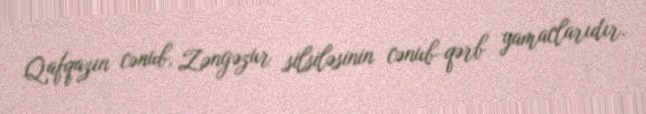
Qafqazın cənub, Zəngəzur silsiləsinin cənub-qərb yamaclarıdır.